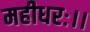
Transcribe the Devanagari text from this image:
महीधरः।।